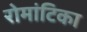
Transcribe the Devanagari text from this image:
रोमांटिका